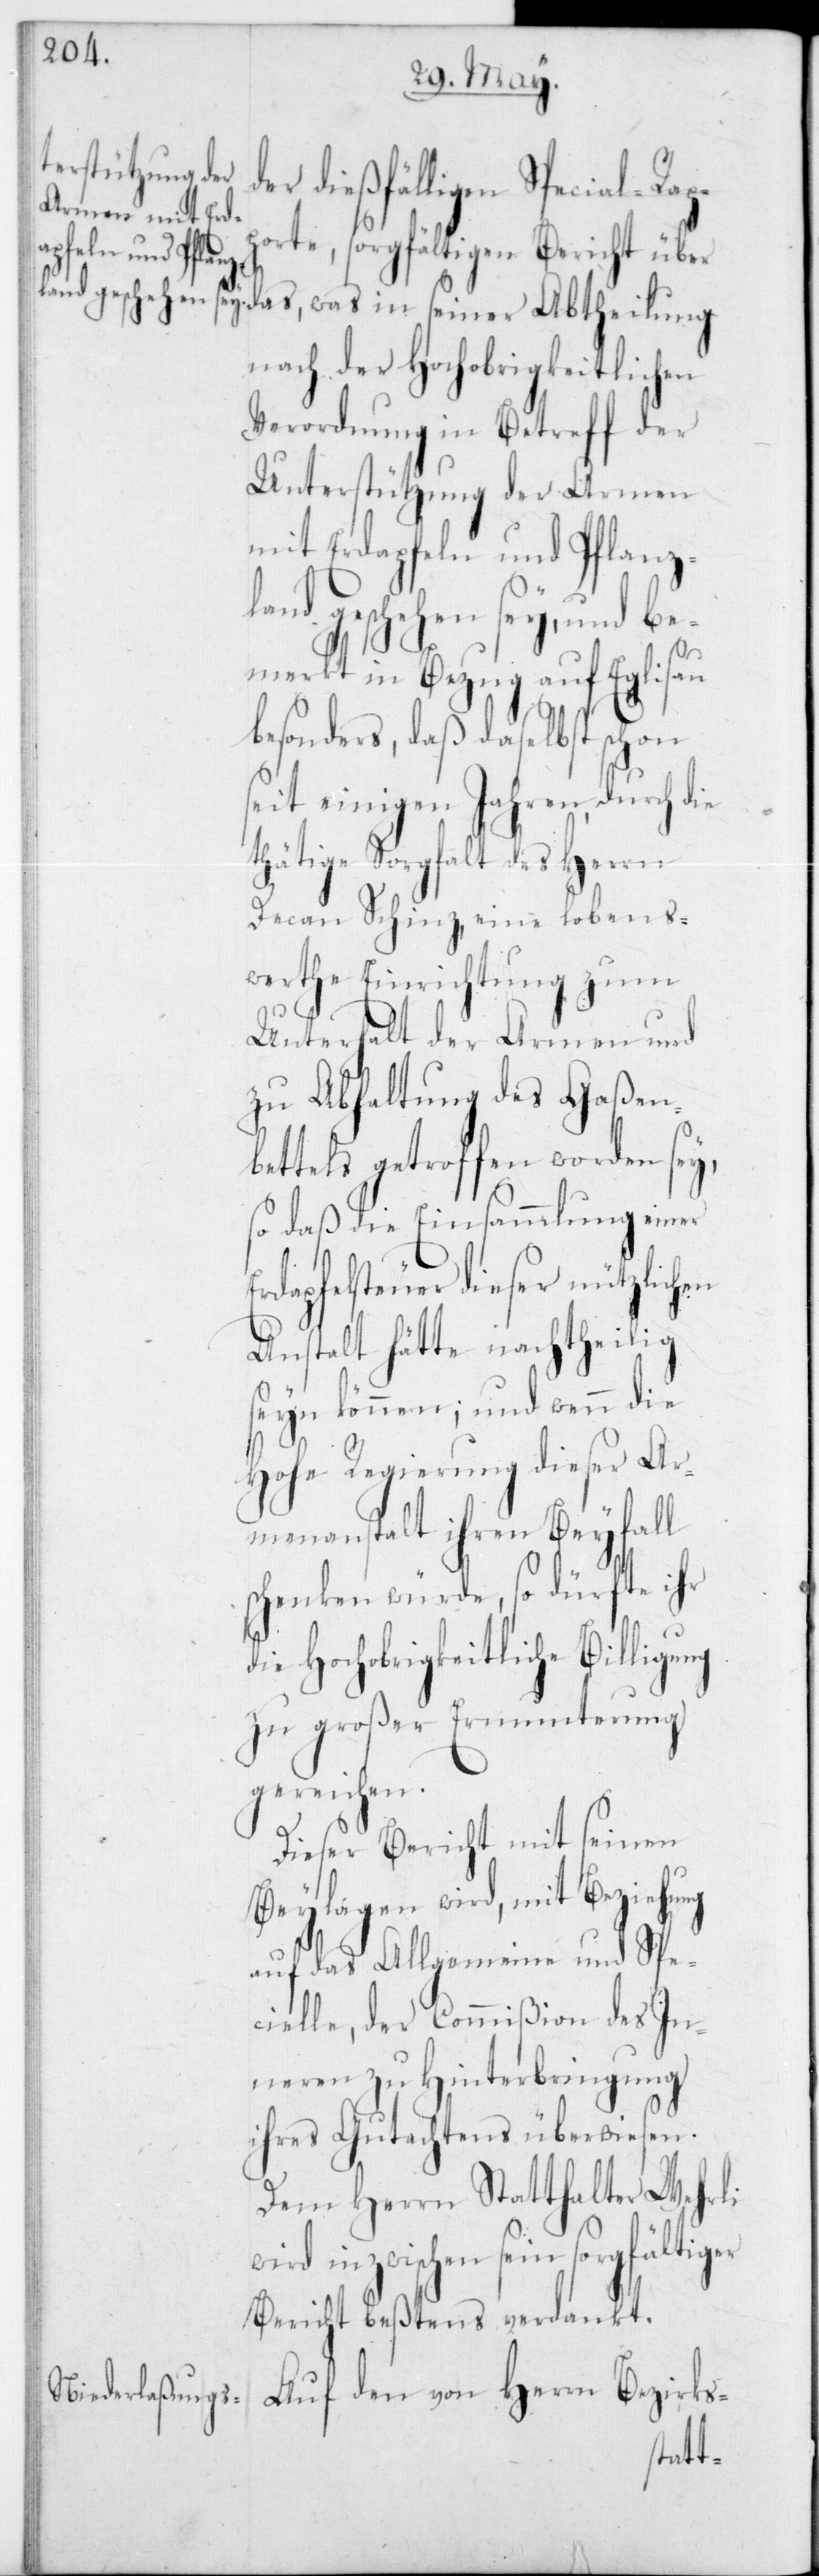
der dießfälligen Special-Rap¬
porte, sorgfältigen Bericht über
was in seiner
nach der Hochobrigkeitlichen
Verordnung in Betreff der
Unterstützung der Armen
mit Erdapfeln und Pflanz¬
land geschehen sey, und be¬
merkt in Bezug auf Eglisau
besonders, daß daselbst schon
seit einigen Jahren durch die
thätige Sorgfalt des Herrn
Decan Schinz, eine lebens¬
werthe Einrichtung zum
Unterhalt der Armen und
zu Abhaltung des Gaßen¬
bettels getroffen worden sey,
so daß die Einsammlung einer
Erdapfelsteuer dieser nützlichen
Anstalt hätte nachtheilig
seyn können; und wenn die
Hohe Regierung dieser Ar¬
menanstalt ihren Beyfall
schenken würde, so dürfte ihr
die Hochobrigkeitliche Billigung
zu großer Ermunterung
gereichen.
Dieser Bericht mit seinen
Beylagen wird, mit Beziehung
auf das Allgemeine und Spe¬
cielle, der Commißion des In¬
neren zu Hinterbringung
ihres Gutachtens überwiesen.
Dem Herrn Statthalter Wehrli
inzwischen sein sorgfältiger
Bericht beßtens verdankt.
Auf den von Herrn Bezirks-